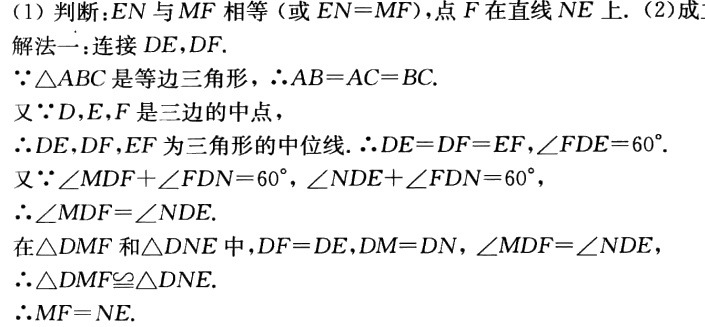
(1) 判断：\(EN\) 与 \(MF\) 相等（或 \(EN = MF\)），点 \(F\) 在直线 \(NE\) 上. (2) 成
解法一：连接 \(DE,DF\).
\(\because\triangle ABC\) 是等边三角形，\(\therefore AB = AC = BC\).
又\(\because D,E,F\) 是三边的中点，
\(\therefore DE,DF,EF\) 为三角形的中位线. \(\therefore DE = DF = EF,\angle FDE = 60^{\circ}\).
又\(\because\angle MDF+\angle FDN = 60^{\circ},\angle NDE+\angle FDN = 60^{\circ}\)，
\(\therefore\angle MDF=\angle NDE\).
在\(\triangle DMF\) 和\(\triangle DNE\) 中，\(DF = DE,DM = DN,\angle MDF=\angle NDE\)，
\(\therefore\triangle DMF\cong\triangle DNE\).
\(\therefore MF = NE\).